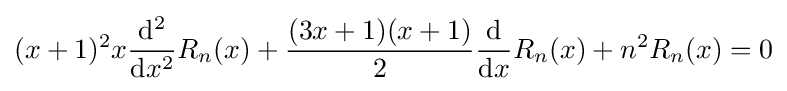
(x+1)^{2}x{\frac {\mathrm {d} ^{2}}{\mathrm {d} x^{2}}}R_{n}(x)+{\frac {(3x+1)(x+1)}{2}}{\frac {\mathrm {d} }{\mathrm {d} x}}R_{n}(x)+n^{2}R_{n}(x)=0